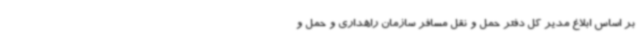
بر اساس ابلاغ مدیر کل دفتر حمل و نقل مسافر سازمان راهداری و حمل و